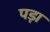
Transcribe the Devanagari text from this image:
पड़़ा